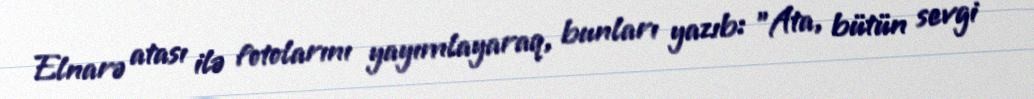
Elnarə atası ilə fotolarını yayımlayaraq, bunları yazıb: "Ata, bütün sevgi